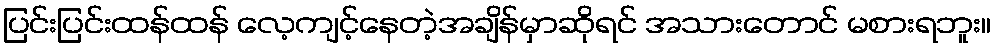
ပြင်းပြင်းထန်ထန် လေ့ကျင့်နေတဲ့အချိန်မှာဆိုရင် အသားတောင် မစားရဘူး။